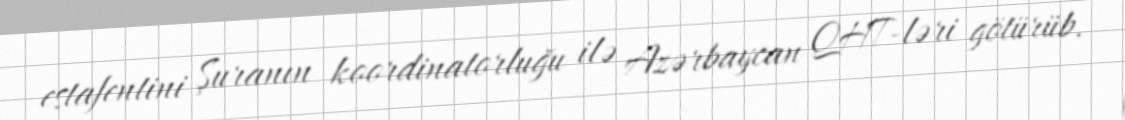
estafentini Şuranın koordinatorluğu ilə Azərbaycan QHT-ləri götürüb.